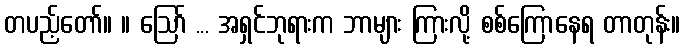
တပည့်တော်။ ။ ဩော် ... အရှင်ဘုရားက ဘာများ ကြားလို့ စစ်ကြောနေရ တာတုန်း။